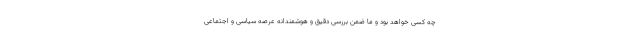
چه کسی خواهد بود و ما ضمن بررسی دقیق و هوشمندانه عرصه سیاسی و اجتماعی